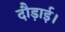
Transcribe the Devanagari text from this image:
दौड़ाई।